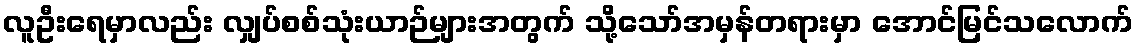
လူဦးရေမှာလည်း လျှပ်စစ်သုံးယာဉ်များအတွက် သို့သော်အမှန်တရားမှာ အောင်မြင်သလောက်